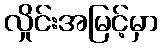
လှိုင်းအမြင့်မှာ